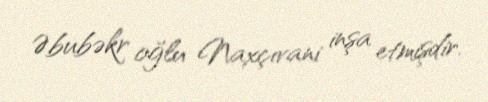
Əbubəkr oğlu Naxçıvani inşa etmişdir.